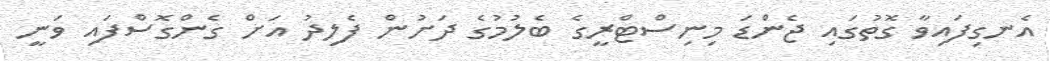
އެނގިފައިވާ ގޮތުގައި ޖެންޑަ މިނިސްޓްރީގެ ބެލުމުގެ ދަށުން ފެލިދު އަށް ގެންގޮސްފައި ވަނީ